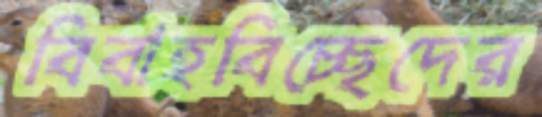
বিবাহবিচ্ছেদের